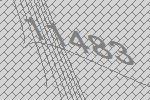
11483